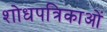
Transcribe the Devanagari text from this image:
शोधपत्रिकाओं